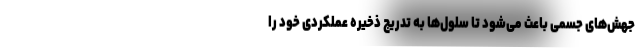
جهش‌های جسمی باعث می‌شود تا سلول‌ها به تدریج ذخیره عملکردی خود را